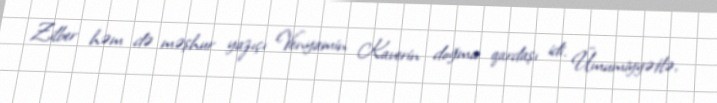
Zilber həm də məşhur yazıçı Venyamin Kaverin doğma qardaşı idi. Ümumiyyətlə,